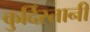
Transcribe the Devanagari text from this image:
कुर्दिस्तानी